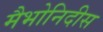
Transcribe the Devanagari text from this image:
मैभोनिदीस